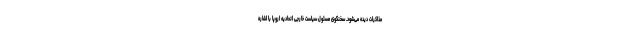
مذاکرات دیده می‌شود. سخنگوی مسئول سیاست خارجی اتحادیه اروپا با اشاره